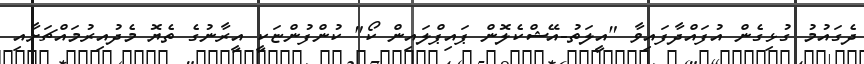
ދެގައުމު ގުޅިގެން އުފައްދާފައިވާ "އީލަތު-އޭޝްކެލޮން ޕައިޕްލައިން ކޯ" ކުންފުންޏަކީ އީރާނުގެ ތެޔޮ މެދުއިރުމައްޗަށާއި